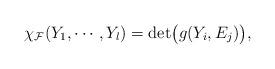
LaTeX: \begin{align*}\chi_{\mathcal{F}}(Y_{1},\cdots,Y_{l})=\det\bigl(g(Y_{i},E_{j})\bigr),\end{align*}